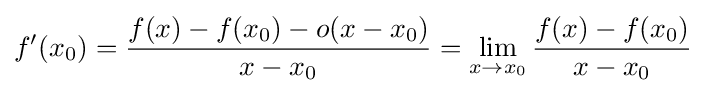
f'(x_{0})={f(x)-f(x_{0})-o(x-x_{0}) \over x-x_{0}}=\lim _{x\to x_{0}}{f(x)-f(x_{0}) \over x-x_{0}}